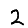
Digit: 2